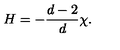
H = - { \frac { d - 2 } { d } } \chi .